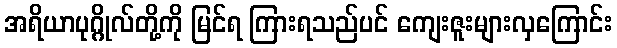
အရိယာပုဂ္ဂိုလ်တို့ကို မြင်ရ ကြားရသည်ပင် ကျေးဇူးများလှကြောင်း